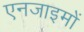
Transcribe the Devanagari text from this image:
एनजाइमों